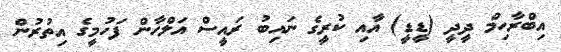
އިބްރާހިމް ދީދީ (ޑީޑީ) އާއި ކުރީގެ ނައިބު ރައީސް އަލްހާން ފަހުމީގެ އިތުރުން